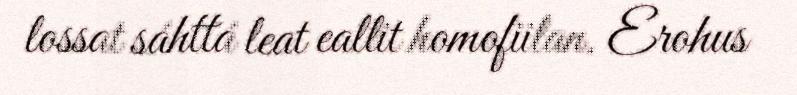
lossat sáhttá leat eallit homofiilan. Erohus